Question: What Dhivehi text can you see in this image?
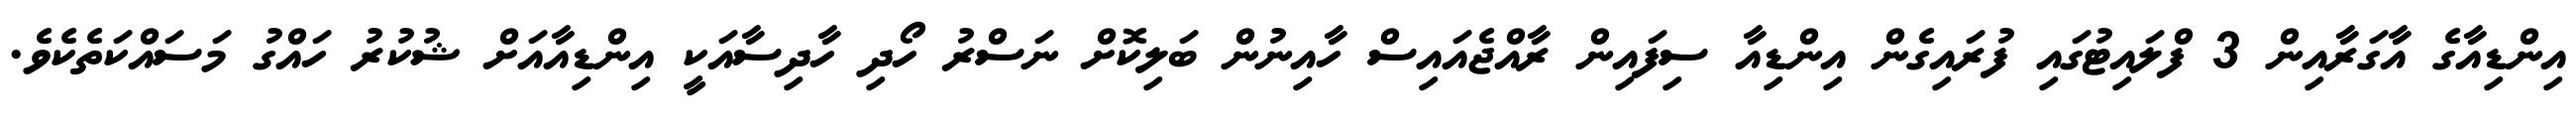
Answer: އިންޑިއާގެ އާގަރާއިން 3 ފްލައިޓުގައި ފުރައިގެން އިންޑިއާ ސިފައިން ރާއްޖެއައިސް ހާއިނުން ބަލިކޮށް ނަސްރު ހޯދި ހާދިސާއަކީ އިންޑިއާއަށް ޝުކުރު ހައްގު މަސައްކަތެކެވެ.